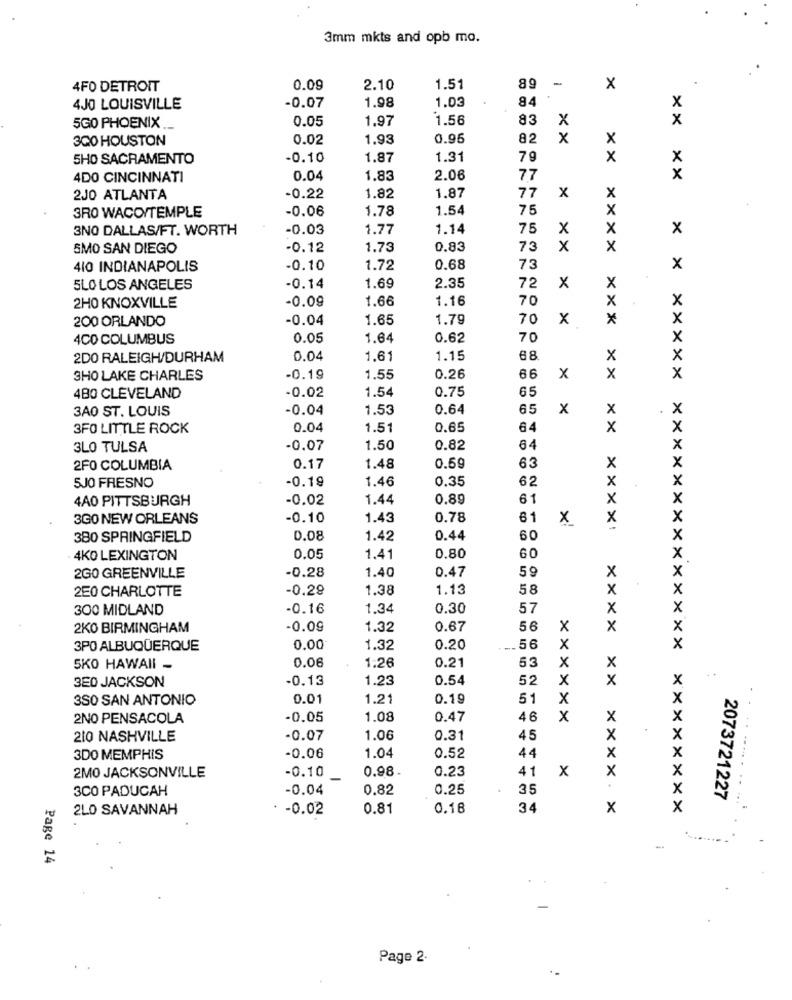
3mm mkts and opb mo.
-
4FO DETROIT
0.09
2.10
1.51
89
x
-0.07
1.03
84
4JO LOUISVILLE
1.98
x
0.05
1.97
1.56
83
X
x
5GO PHOENIX .__
300 HOUSTON
0.02
1.93
0.96
82
x
X
5HO SACRAMENTO
-0.10
1.87
1.31
79
x
x
4DO CINCINNATI
0.04
1.83
2.06
77
x
2JO ATLANTA
-0.22
1.82
1.87
77
x
X
3RO WACO/TEMPLE
-0.06
1.78
1.54
75
x
3NO DALLAS/FT. WORTH
-0.03
1.77
1.14
75
X
X
X
SMO SAN DIEGO
-0.12
1.73
0.83
73
x
x
410 INDIANAPOLIS
-0.10
1.72
0.68
73
x
1.69
5LO LOS ANGELES
-0.14
2.35
72
x
X
1.66
1.16
70
x
X
2H0 KNOXVILLE
-0.09
200 ORLANDO
-0.04
1.65
1.79
70
x
×
x
4CO COLUMBUS
0.05
1.64
0.62
70
x
2DO RALEIGH/DURHAM
0.04
1,61
1.15
68
x
x
3HO LAKE CHARLES
-0.19
1.55
0.26
66
X
x
x
-0.02
1.54
0.75
65
480 CLEVELAND
3A0 ST. LOUIS
-0.04
1.53
0.64
65
x
x
x
3FO LITTLE ROCK
0.04
1.51
0.65
64
x
x
3LO TULSA
-0.07
1.50
0.82
64
x
X
2FO COLUMBIA
0.17
1.48
0.69
63
x
5JO FRESNO
-0.19
1.46
0.35
62
x
X
4A0 PITTSBURGH
-0.02
1.44
0.89
61
X
x
3G0 NEW ORLEANS
-0.10
1.43
0.78
61
x
x
x
380 SPRINGFIELD
0.08
1.42
0.44
60
x
x
4KO LEXINGTON
0.05
1.41
0.80
60
-0.28
0.47
59
x
2GO GREENVILLE
1.40
x
2E0 CHARLOTTE
-0.29
1.38
1.13
58
x
300 MIDLAND
-0.16
1.34
0.30
57
x
x
2KO BIRMINGHAM
-0.09
1.32
0.67
56
x
x
x
X
3PO ALBUQUERQUE
0.00
1.32
0.20
56
x
0.06
1.26
0.21
53
5KO HAWAII -
x
x
+ +
3E0 JACKSON
-0.13
1.23
0.54
52
x
x
x
3SO SAN ANTONIO
0.01
1.21
0.19
51
x
2NO PENSACOLA
-0.05
1.08
0.47
46
x
x
210 NASHVILLE
-0.07
1.06
0.31
45
X
3DO MEMPHIS
-0.06
1.04
0.52
44
x
2MO JACKSONVILLE
-0.10
0.98.
0.23
41
x
×
3CO PADUCAH
-0.04
0.82
0.25
35
X
2073721227
2LO SAVANNAH
-0.02
0.81
0.18
34
x
X
Page 14
Page 2.